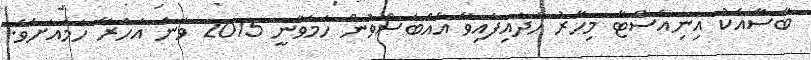
ބާސާއެކު އިނިއެސްޓާ މިހާރު ހަދައިފައިވާ އެއްބަސްވުން ހަމަވާނީ 2015 ވަނަ އަހަރާ ހަމައަށެވެ.